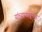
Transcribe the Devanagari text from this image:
यांच्यापासूनच